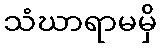
သံဃာရာမမှိ